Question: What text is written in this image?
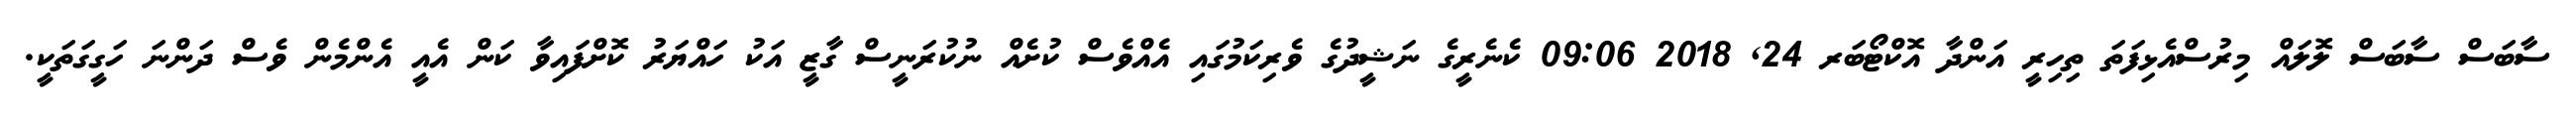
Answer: ސާބަސް ސާބަސް ލޮލައް މިރުސްއެޅިފަތަ ތިހިރީ އަންދާ އޮކްޓޯބަރ 24, 2018 09:06 ކެނެރީގެ ނަޝީދުގެ ވެރިކަމުގައި އެއްވެސް ކުށެއް ނުކުރަނީސް ގާޒީ އަކު ހައްޔަރު ކޮށްފައިވާ ކަން އެއީ އެންމެން ވެސް ދަންނަ ހަގީގަތަކީ.